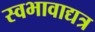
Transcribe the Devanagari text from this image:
स्वभावाद्यत्र